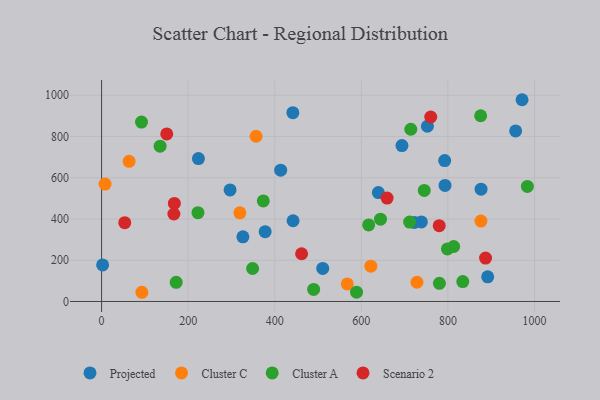
{"axis": {"x": "Ad Spend", "y": "Exam Score"}, "legend": ["Cluster A", "Cluster C", "Projected", "Scenario 2"], "data": [{"x": "296.8", "y": 540.8, "type": "Projected"}, {"x": "793.3", "y": 562.9, "type": "Projected"}, {"x": "377.8", "y": 338.6, "type": "Projected"}, {"x": "738.7", "y": 385.6, "type": "Projected"}, {"x": "956.4", "y": 826.8, "type": "Projected"}, {"x": "413.7", "y": 636.6, "type": "Projected"}, {"x": "876.5", "y": 544.4, "type": "Projected"}, {"x": "510.8", "y": 160.4, "type": "Projected"}, {"x": "2.4", "y": 177.3, "type": "Projected"}, {"x": "722.4", "y": 383.3, "type": "Projected"}, {"x": "326.4", "y": 313.3, "type": "Projected"}, {"x": "223.7", "y": 692.8, "type": "Projected"}, {"x": "792.5", "y": 683.4, "type": "Projected"}, {"x": "639.3", "y": 528.3, "type": "Projected"}, {"x": "693.8", "y": 756.2, "type": "Projected"}, {"x": "442.3", "y": 391.4, "type": "Projected"}, {"x": "752.6", "y": 849.6, "type": "Projected"}, {"x": "441.8", "y": 915.6, "type": "Projected"}, {"x": "891.8", "y": 119.4, "type": "Projected"}, {"x": "971.2", "y": 978.3, "type": "Projected"}, {"x": "8.0", "y": 569.1, "type": "Cluster C"}, {"x": "728.5", "y": 93.2, "type": "Cluster C"}, {"x": "93.1", "y": 44.6, "type": "Cluster C"}, {"x": "319.4", "y": 429.7, "type": "Cluster C"}, {"x": "876.2", "y": 389.9, "type": "Cluster C"}, {"x": "621.9", "y": 171.3, "type": "Cluster C"}, {"x": "567.5", "y": 85.2, "type": "Cluster C"}, {"x": "356.9", "y": 801.1, "type": "Cluster C"}, {"x": "63.6", "y": 679.4, "type": "Cluster C"}, {"x": "714.2", "y": 835.1, "type": "Cluster A"}, {"x": "745.3", "y": 538.4, "type": "Cluster A"}, {"x": "711.5", "y": 385.2, "type": "Cluster A"}, {"x": "489.8", "y": 58.6, "type": "Cluster A"}, {"x": "780.3", "y": 88.2, "type": "Cluster A"}, {"x": "798.8", "y": 254.8, "type": "Cluster A"}, {"x": "834.3", "y": 96.5, "type": "Cluster A"}, {"x": "135.2", "y": 753.1, "type": "Cluster A"}, {"x": "875.6", "y": 900.5, "type": "Cluster A"}, {"x": "813.3", "y": 266.5, "type": "Cluster A"}, {"x": "373.5", "y": 487.5, "type": "Cluster A"}, {"x": "588.9", "y": 45.0, "type": "Cluster A"}, {"x": "172.3", "y": 92.7, "type": "Cluster A"}, {"x": "983.5", "y": 558.0, "type": "Cluster A"}, {"x": "348.8", "y": 159.9, "type": "Cluster A"}, {"x": "222.6", "y": 430.7, "type": "Cluster A"}, {"x": "92.2", "y": 870.1, "type": "Cluster A"}, {"x": "644.2", "y": 399.2, "type": "Cluster A"}, {"x": "616.9", "y": 371.0, "type": "Cluster A"}, {"x": "168.1", "y": 475.4, "type": "Scenario 2"}, {"x": "150.5", "y": 812.4, "type": "Scenario 2"}, {"x": "659.5", "y": 501.2, "type": "Scenario 2"}, {"x": "167.0", "y": 424.2, "type": "Scenario 2"}, {"x": "53.5", "y": 382.2, "type": "Scenario 2"}, {"x": "462.0", "y": 231.3, "type": "Scenario 2"}, {"x": "886.9", "y": 210.6, "type": "Scenario 2"}, {"x": "760.3", "y": 894.6, "type": "Scenario 2"}, {"x": "779.9", "y": 367.6, "type": "Scenario 2"}]}